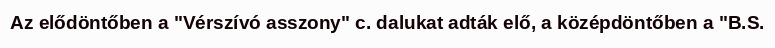
Az elődöntőben a "Vérszívó asszony" c. dalukat adták elő, a középdöntőben a "B.S.